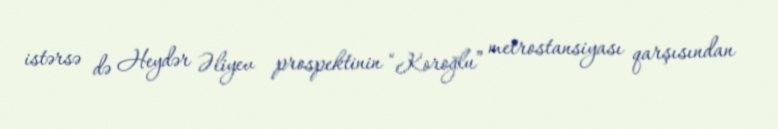
istərsə də Heydər Əliyev prospektinin “Koroğlu” metrostansiyası qarşısından